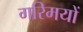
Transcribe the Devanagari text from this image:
गरिमयों